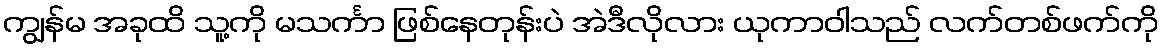
ကျွန်မ အခုထိ သူ့ကို မသင်္ကာ ဖြစ်နေတုန်းပဲ အဲဒီလိုလား ယုကာဝါသည် လက်တစ်ဖက်ကို